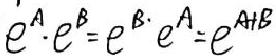
$e^{A}\cdot e^{B}=e^{B}\cdot e^{A}=e^{A + B}$